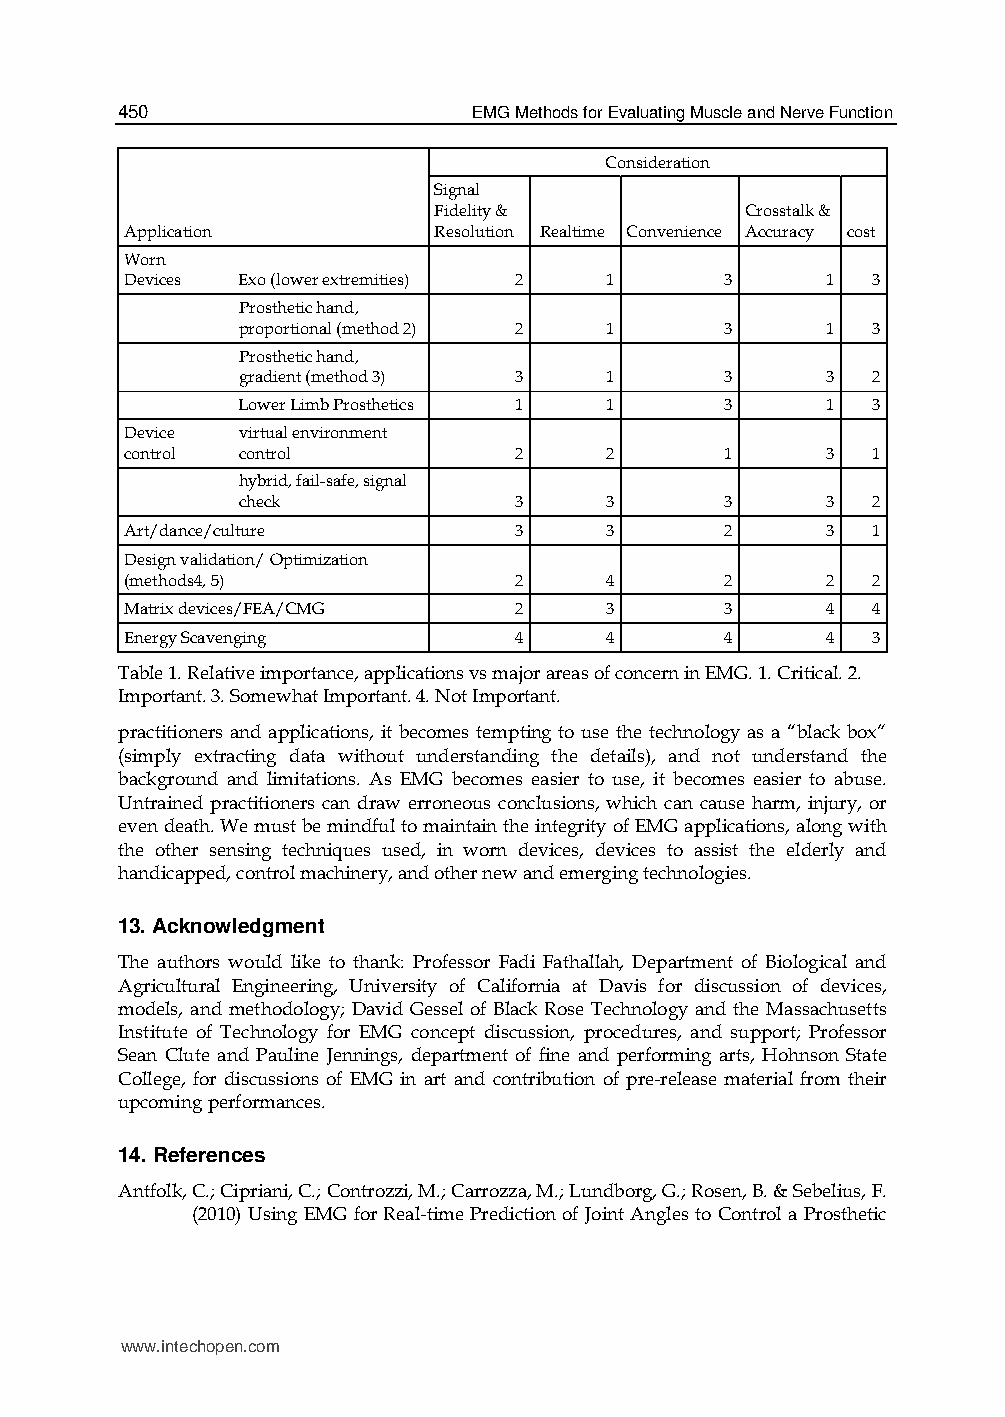
450                    EMG Methods for Evaluating Muscle and Nerve Function
 Consideration
 Signal
 Fidelity &          Crosstalk &
 Application          Resolution Realtime Convenience Accuracy cost
 Worn
 Devices Exo (lower extremities) 2 1     3      1  3
 Prosthetic hand,
 proportional (method 2) 2 1     3      1  3
 Prosthetic hand,
 gradient (method 3) 3   1       3      3  2
 Lower Limb Prosthetics 1 1      3      1  3
 Device  virtual environment
 control control           2     2       1      3  1
 hybrid, fail-safe, signal
 check             3     3       3      3  2
 Art/dance/culture         3     3       2      3  1
 Design validation/ Optimization
 (methods4, 5)             2     4       2      2  2
 Matrix devices/FEA/CMG    2     3       3      4  4
 Energy Scavenging         4     4       4      4  3
 Table 1. Relative importance, applications vs major areas of concern in EMG. 1. Critical. 2.
 Important. 3. Somewhat Important. 4. Not Important.
 practitioners and applications, it becomes tempting to use the technology as a “black box”
 (simply extracting data without understanding the details), and not understand the
 background and limitations. As EMG becomes easier to use, it becomes easier to abuse.
 Untrained practitioners can draw erroneous conclusions, which can cause harm, injury, or
 even death. We must be mindful to maintain the integrity of EMG applications, along with
 the other sensing techniques used, in worn devices, devices to assist the elderly and
 handicapped, control machinery, and other new and emerging technologies.
 13. Acknowledgment
 The authors would like to thank: Professor Fadi Fathallah, Department of Biological and
 Agricultural Engineering, University of California at Davis for discussion of devices,
 models, and methodology; David Gessel of Black Rose Technology and the Massachusetts
 Institute of Technology for EMG concept discussion, procedures, and support; Professor
 Sean Clute and Pauline Jennings, department of fine and performing arts, Hohnson State
 College, for discussions of EMG in art and contribution of pre-release material from their
 upcoming performances.
 14. References
 Antfolk, C.; Cipriani, C.; Controzzi, M.; Carrozza, M.; Lundborg, G.; Rosen, B. & Sebelius, F.
 (2010) Using EMG for Real-time Prediction of Joint Angles to Control a Prosthetic
 www.intechopen.com